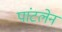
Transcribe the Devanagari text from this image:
पांटलेन